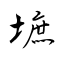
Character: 墌